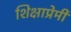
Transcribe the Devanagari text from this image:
शिक्षाप्रेमी